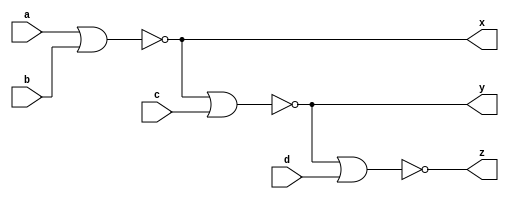
`timescale 1ns / 1ps

module four_input_nor_gate(
    input a,b,c,d,
    output x,y,z
    );
    assign x=~(a|b);
    assign y=~(x|c);
    assign z=~(y|d);
endmodule